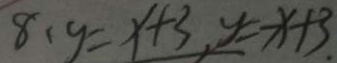
8 , y = x + 3 , y = - x + 3 .